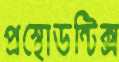
প্রস্থোডন্টিক্স